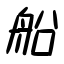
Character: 船